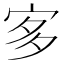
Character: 㝖